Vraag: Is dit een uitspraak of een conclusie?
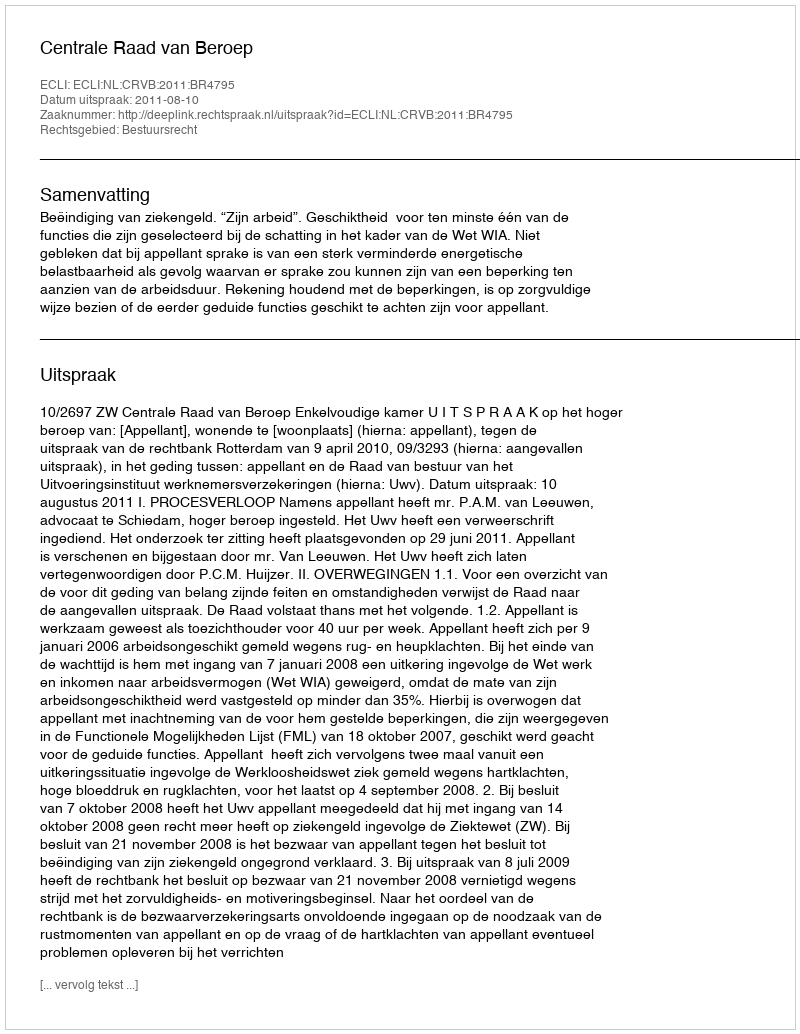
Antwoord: Uitspraak